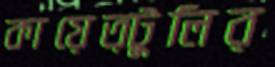
কায়েত্টুলির